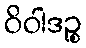
ဝိဝါဒဉ္စ